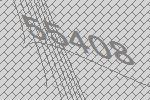
55408